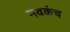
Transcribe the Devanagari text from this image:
नवकंच